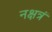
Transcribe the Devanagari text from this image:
नक्षत्रं